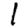
Digit: 1